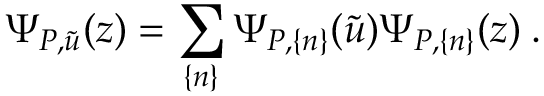
\Psi _ { P , \tilde { u } } ( z ) = \sum _ { \{ n \} } \Psi _ { P , \{ n \} } ( \tilde { u } ) \Psi _ { P , \{ n \} } ( z ) \: .